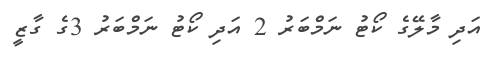
އަދި މާލޭގެ ކޯޓު ނަމްބަރު 2 އަދި ކޯޓު ނަމްބަރު 3ގެ ގާޒީ